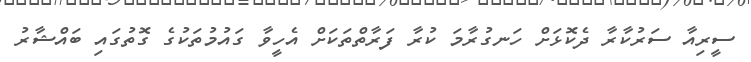
ސީރިއާ ސަރުކާރާ ދެކޮޅަށް ހަނގުރާމަ ކުރާ ފަރާތްތަކަށް އެހީވާ ގައުމުތަކުގެ ގޮތުގައި ބައްޝާރު